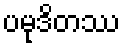
ပမုဒိတဿ